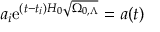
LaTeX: a _ { i } \mathrm { e } ^ { ( t - t _ { i } ) H _ { 0 } { \sqrt { \Omega _ { 0 , \Lambda } } } } = a ( t )